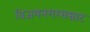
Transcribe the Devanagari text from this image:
विजयनगरसम्राट